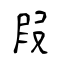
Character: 叚